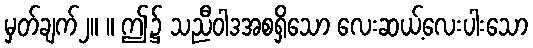
မှတ်ချက်၂။ ။ ဤ၌ သညီဝါဒအစရှိသော လေးဆယ့်လေးပါးသော